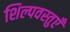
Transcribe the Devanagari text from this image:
शिल्पवस्तुएँ